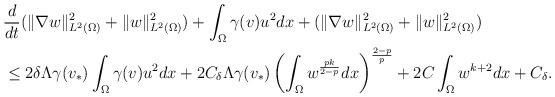
LaTeX: \begin{align*}&\frac{d}{dt}(\|\nabla w\|_{L^2(\Omega)}^2+\|w\|_{L^2(\Omega)}^2)+\int_\Omega \gamma(v)u^2dx+(\|\nabla w\|_{L^2(\Omega)}^2+\|w\|_{L^2(\Omega)}^2)\\&\leq 2\delta\Lambda \gamma(v_*)\int_\Omega\gamma(v)u^2dx+2C_\delta\Lambda \gamma(v_*)\left(\int_\Omega w^{\frac{pk}{2-p}}dx\right)^{\frac{2-p}{p}}+2C\int_\Omega w^{k+2}dx+C_\delta.\end{align*}